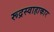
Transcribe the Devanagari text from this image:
रूद्रस्वाहाकार